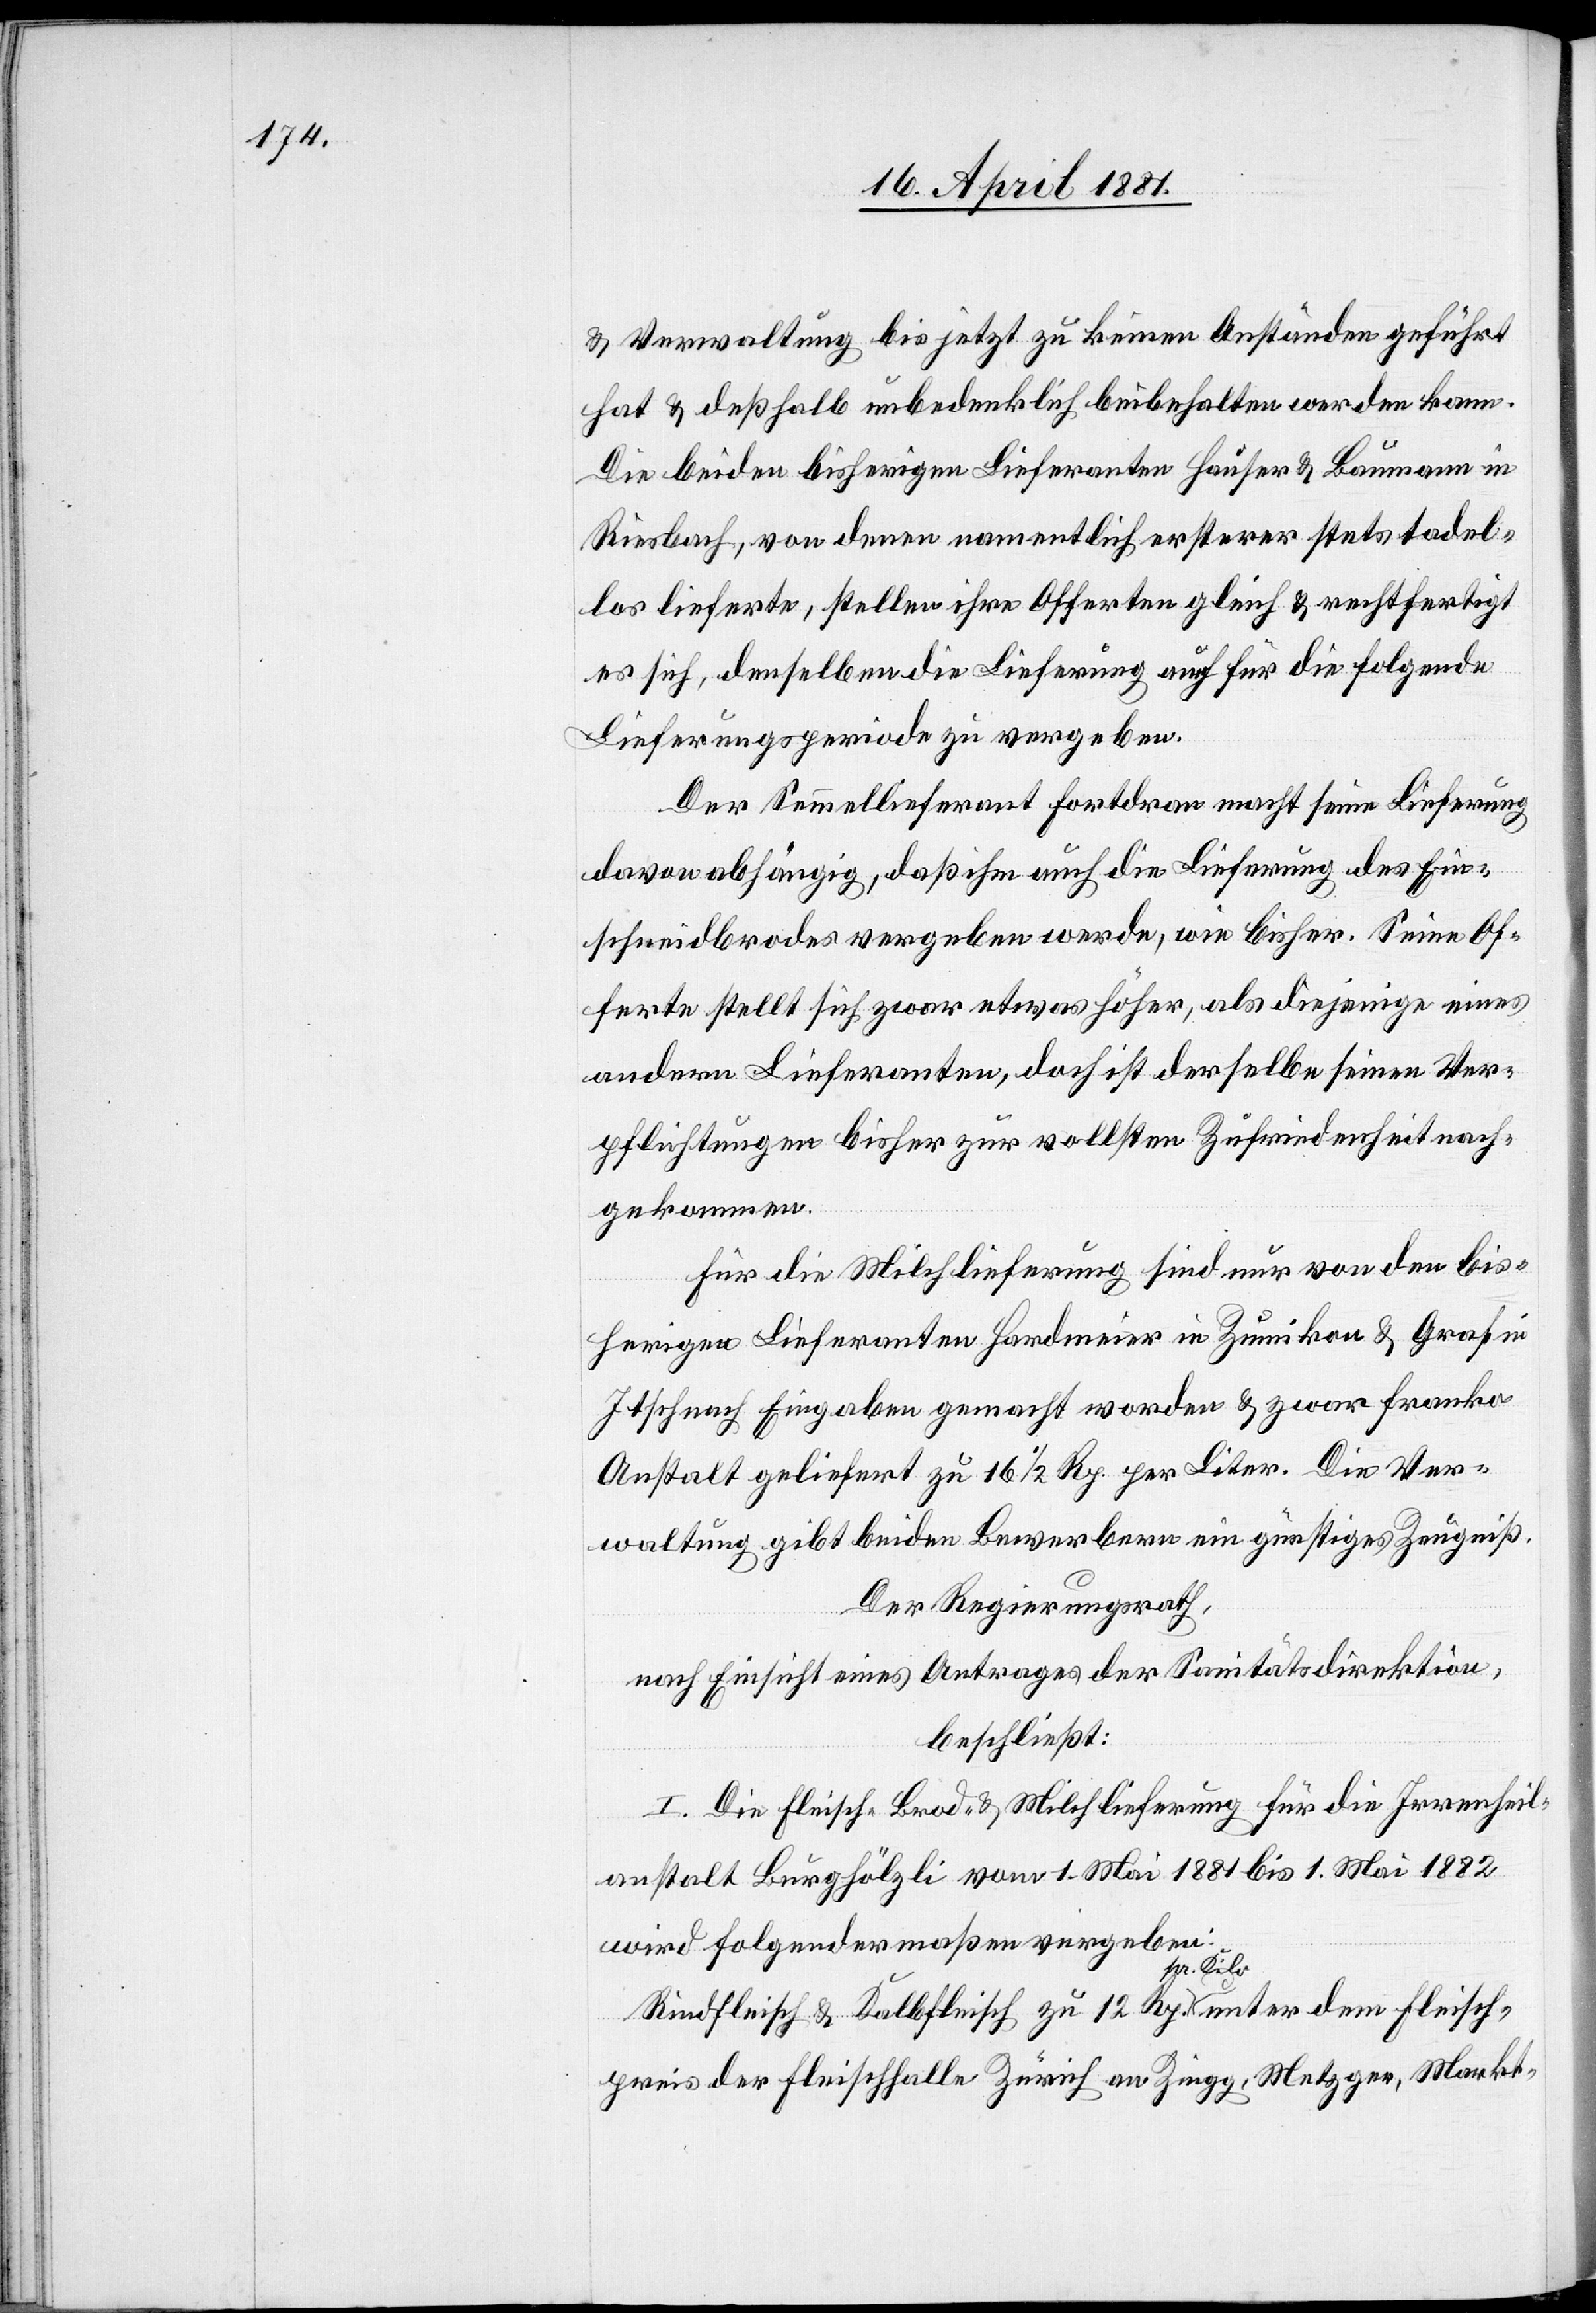
& Verwaltung bis jetzt zu keinen Anständen geführt
hat & deßhalb unbedenklich beibehalten werden kann.
Die beiden bisherigen Lieferanten Hauser & Baumann in
Riesbach, von denen namentlich ersterer stets tadel¬
los lieferte, stellen ihre Offerten gleich & rechtfertigt
es sich, denselben die Lieferung auch für die folgende
Lieferungsperiode zu vergeben.
Der Semmellieferant Fortdran macht seine Lieferung
davon abhängig, daß ihm auch die Lieferung des Ein¬
schneidbrodes vergeben werde, wie bisher. Seine Of¬
ferte stellt sich zwar etwas höher, als diejenigen eines
andern Lieferanten, doch ist derselbe seinen Ver¬
pflichtungen bisher zur vollsten Zufriedenheit nach¬
gekommen.
Für die Milchlieferung sind nur von den bis¬
herigen Lieferanten Hardmeier in Zumikon & Graf in
Itschnach Eingaben gemacht worden & zwar franko
Anstalt geliefert zu 16 1/2 Rp. per Liter. Die Ver¬
waltung gibt beiden Bewerbern ein günstiges Zeugniß.
Der Regierungsrath,
nach Einsicht eines Antrages der Sanitätsdirektion,
beschließt:
I. Die Fleisch-[,] Brod- & Milchlieferung für die Irrenheil¬
anstalt Burghölzli vom 1. Mai 1881 bis 1. Mai 1882
wird folgendermaßen eingegeben:
Rindfleisch & Kalbsfleisch zu 12 Rp. pr. Kilo unter dem Fleisch¬
preis der Fleischhalle Zürich an Zingg, Metzger, Markt-